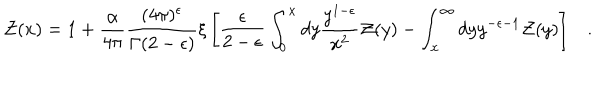
LaTeX: { \cal Z } ( x ) = 1 + \frac { \alpha } { 4 \pi } \frac { ( 4 \pi ) ^ { \epsilon } } { \Gamma ( 2 - \epsilon ) } \xi \left[ { \frac { \epsilon } { 2 - \epsilon } } \int _ { 0 } ^ { x } d y { \frac { y ^ { 1 - \epsilon } } { x ^ { 2 } } } { \cal Z } ( y ) - \int _ { x } ^ { \infty } d y y ^ { - \epsilon - 1 } { \cal Z } ( y ) \right] .